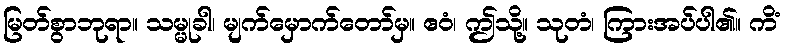
မြတ်စွာဘုရာ။ သမ္မုခါ၊ မျက်မှောက်တော်မှ။ ဧဝံ၊ ဤသို့။ သုတံ၊ ကြားအပ်ပါ၏။ ကိံ